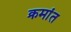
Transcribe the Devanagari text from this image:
क्रमांत